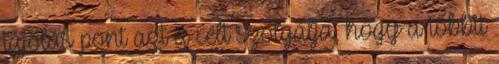
tájolás pont azt a célt szolgálja, hogy a többit